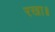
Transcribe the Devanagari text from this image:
रखा॥